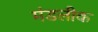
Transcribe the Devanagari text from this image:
मंडलीक